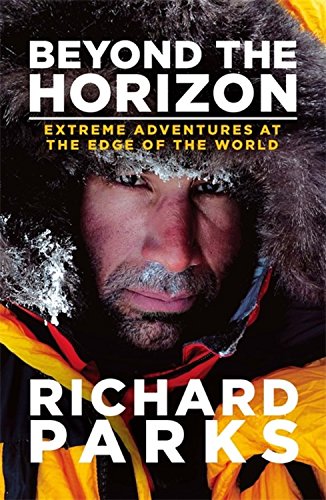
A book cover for Beyond the Horizon: Extreme Adventures at the Edge of the World; Richard Parks; Sports & Outdoors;